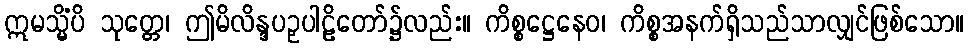
ဣမသ္မိံပိ သုတ္တေ၊ ဤမိလိန္ဒပဉှပါဠိတော်၌လည်း။ ကိစ္စဋ္ဌေနေဝ၊ ကိစ္စအနက်ရှိသည်သာလျှင်ဖြစ်သော။